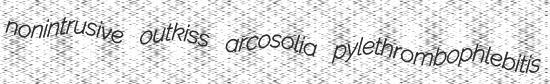
nonintrusive outkiss arcosolia pylethrombophlebitis